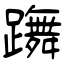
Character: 躌